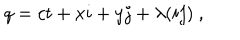
q = c t + x i + y j + \lambda ( i j ) ~ ,